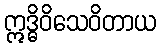
ဣဒ္ဓိဝိသေဝိတာယ